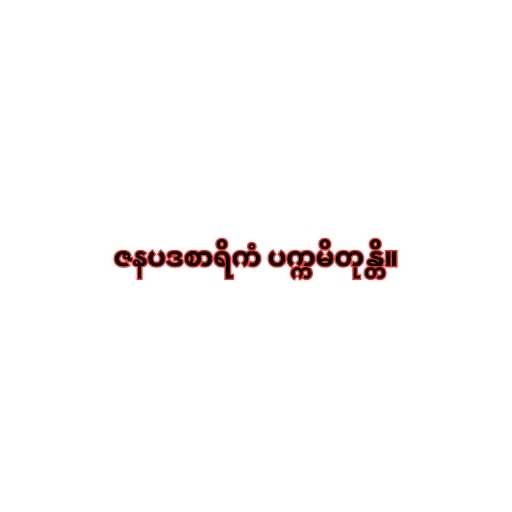
ဇနပဒစာရိကံ ပက္ကမိတုန္တိ။